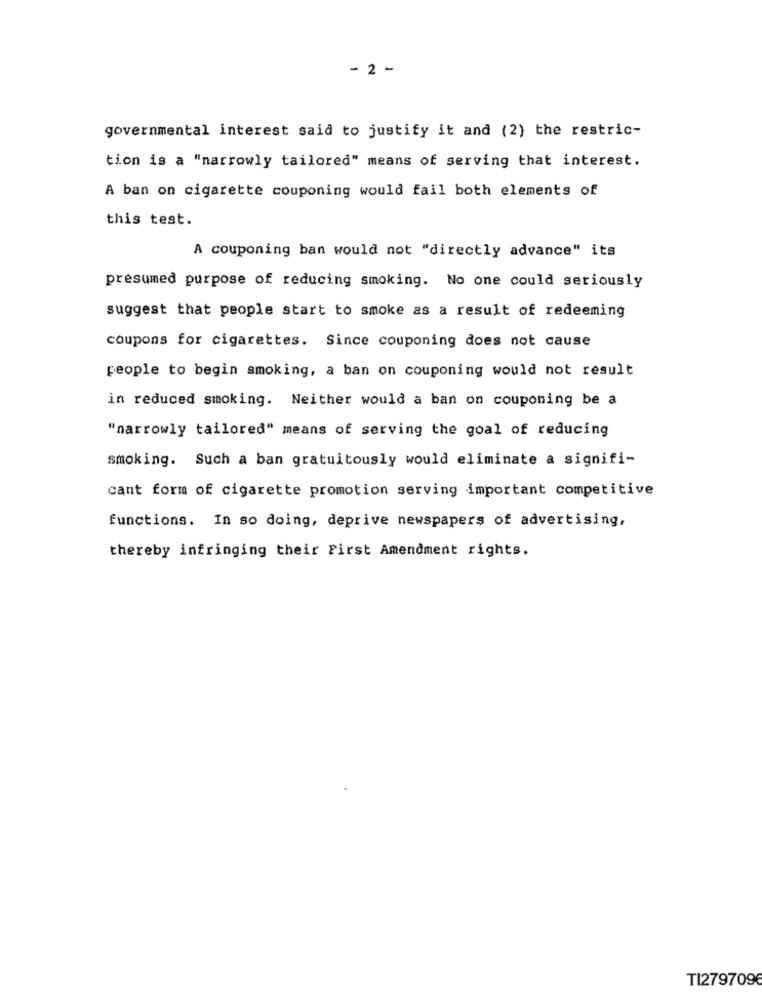
-2 -
governmental interest said to justify it and (2) the restric-
tion is a "narrowly tailored" means of serving that interest.
A ban on cigarette couponing would fail both elements of
this test.
A couponing ban would not "directly advance" its
presumed purpose of reducing smoking. No one could seriously
suggest that people start to smoke as a result of redeeming
coupons for cigarettes. Since couponing does not cause
people to begin smoking, a ban on couponing would not result
in reduced smoking. Neither would a ban on couponing be a
"narrowly tailored" means of serving the goal of reducing
smoking. Such a ban gratuitously would eliminate a signifi-
cant form of cigarette promotion serving important competitive
functions. In so doing, deprive newspapers of advertising,
thereby infringing their First Amendment rights.
TI279709